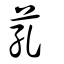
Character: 芤